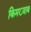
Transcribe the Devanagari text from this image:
किमख़्वाब